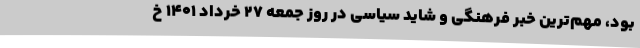
بود، مهم‌ترین خبر فرهنگی و شاید سیاسی در روز جمعه 27 خرداد 1401 خ